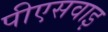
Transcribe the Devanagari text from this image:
पीएसवाइ